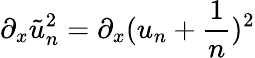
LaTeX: \partial_{x}\tilde{u}_{n}^{2}=\partial_{x}(u_{n}+\frac{1}{n})^{2}